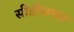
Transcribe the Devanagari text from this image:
सीडीजच्या